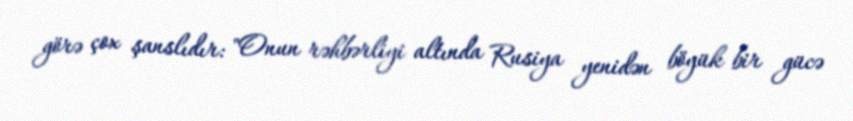
görə çox şanslıdır: "Onun rəhbərliyi altında Rusiya yenidən böyük bir gücə